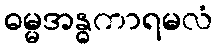
ဓမ္မအန္ဓကာရမလံ